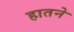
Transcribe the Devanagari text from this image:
हातने